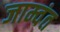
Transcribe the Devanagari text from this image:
जाम्वंत